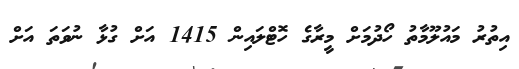
އިތުރު މައުލޫމާތު ހޯދުމަށް މީރާގެ ހޮޓްލައިން 1415 އަށް ގުޅާ ނުވަތަ އަށް